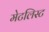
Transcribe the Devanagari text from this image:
मेटलिस्ट